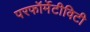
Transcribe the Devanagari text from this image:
परफॉर्मेटीविटी